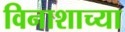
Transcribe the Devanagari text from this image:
विनाशाच्या